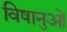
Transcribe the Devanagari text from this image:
विषानुओं